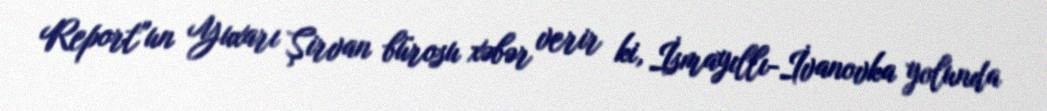
Report"un Yuxarı Şirvan bürosu xəbər verir ki, İsmayıllı-İvanovka yolunda